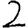
Digit: 2